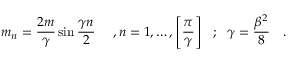
m _ { n } = \frac { 2 m } { \gamma } \sin \frac { \gamma n } { 2 } ~ ~ ~ ~ , n = 1 , \ldots , \left[ \frac { \pi } { \gamma } \right] ~ ~ ; ~ ~ \gamma = \frac { \beta ^ { 2 } } { 8 } ~ ~ ~ .